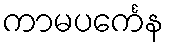
ကာမပင်္ကေန